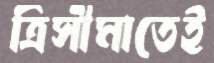
ত্রিসীমাতেই